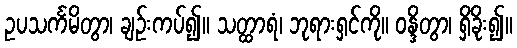
ဥပသင်္ကမိတွာ၊ ချဉ်းကပ်၍။ သတ္ထာရံ၊ ဘုရားရှင်ကို။ ဝန္ဒိတွာ၊ ရှိခိုး၍။